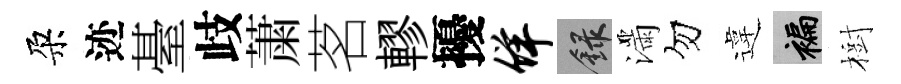
朶迹䑓歧䔥茗轇擾佯録滿勿違褊樹